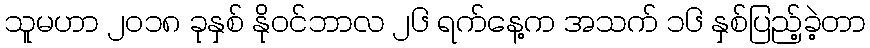
သူမဟာ ၂၀၁၈ ခုနှစ် နိုဝင်ဘာလ ၂၆ ရက်နေ့က အသက် ၁၆ နှစ်ပြည့်ခဲ့တာ